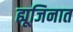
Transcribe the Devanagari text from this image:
ह्यूजिनात